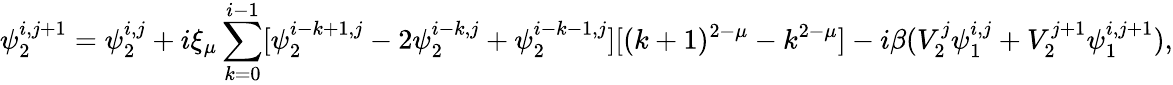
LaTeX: \psi_{2}^{i,j+1}=\psi_{2}^{i,j}+i\xi_{\mu}\sum_{k=0}^{i-1}[\psi_{2}^{i-k+1,j}-2\psi_{2}^{i-k,j}+\psi_{2}^{i-k-1,j}][(k+1)^{2-\mu}-k^{2-\mu}]-i\beta(V_{2}^{j}\psi_{1}^{i,j}+V_{2}^{j+1}\psi_{1}^{i,j+1}),